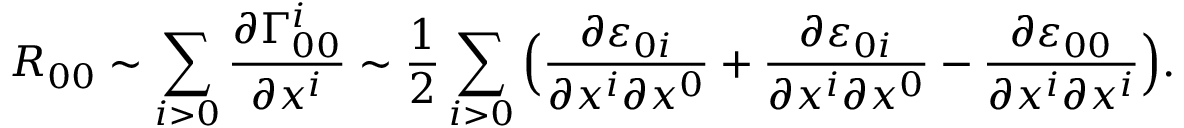
R _ { 0 0 } \sim \sum _ { i > 0 } \frac { \partial \Gamma _ { 0 0 } ^ { i } } { \partial x ^ { i } } \sim \frac { 1 } { 2 } \sum _ { i > 0 } \Big ( \frac { \partial \varepsilon _ { 0 i } } { \partial x ^ { i } \partial x ^ { 0 } } + \frac { \partial \varepsilon _ { 0 i } } { \partial x ^ { i } \partial x ^ { 0 } } - \frac { \partial \varepsilon _ { 0 0 } } { \partial x ^ { i } \partial x ^ { i } } \Big ) .